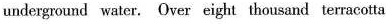
underground water. Over eight thousand terracotia